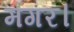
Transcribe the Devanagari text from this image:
मगर।